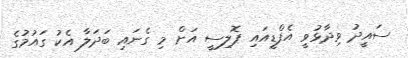
ސައީދު ވިދާޅުވީ އެފްޑީއައި ޕޮލިސީ އަށް މި ގެނައި ބަދަލާ އެކު ގައުމުގެ